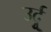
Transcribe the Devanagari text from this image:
उर्दुू